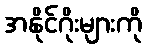
အနိုင်ဂိုးများကို